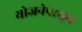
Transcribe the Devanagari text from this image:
योजनेपासून